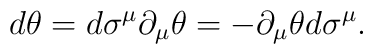
d \theta = d\sigma^{\mu} \partial_{\mu} \theta = -  \partial_{\mu} \theta d\sigma^{\mu}.